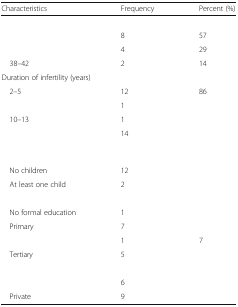
<table><thead><tr><td><b>Characteristics</b></td><td><b>Frequency</b></td><td><b>Percent (%)</b></td></tr></thead><tbody><tr><td colspan="3">[EMPTY_CELL]</td></tr><tr><td>[EMPTY_CELL]</td><td>8</td><td>57</td></tr><tr><td>[EMPTY_CELL]</td><td>4</td><td>29</td></tr><tr><td> 38–42</td><td>2</td><td>14</td></tr><tr><td colspan="3">Duration of infertility (years)</td></tr><tr><td> 2–5</td><td>12</td><td>86</td></tr><tr><td>[EMPTY_CELL]</td><td>1</td><td>[EMPTY_CELL]</td></tr><tr><td> 10–13</td><td>1</td><td>[EMPTY_CELL]</td></tr><tr><td>[EMPTY_CELL]</td><td>14</td><td>[EMPTY_CELL]</td></tr><tr><td colspan="3">[EMPTY_CELL]</td></tr><tr><td> No children</td><td>12</td><td>[EMPTY_CELL]</td></tr><tr><td> At least one child</td><td>2</td><td>[EMPTY_CELL]</td></tr><tr><td colspan="3">[EMPTY_CELL]</td></tr><tr><td> No formal education</td><td>1</td><td>[EMPTY_CELL]</td></tr><tr><td> Primary</td><td>7</td><td>[EMPTY_CELL]</td></tr><tr><td>[EMPTY_CELL]</td><td>1</td><td>7</td></tr><tr><td> Tertiary</td><td>5</td><td>[EMPTY_CELL]</td></tr><tr><td colspan="3">[EMPTY_CELL]</td></tr><tr><td>[EMPTY_CELL]</td><td>6</td><td>[EMPTY_CELL]</td></tr><tr><td> Private</td><td>9</td><td>[EMPTY_CELL]</td></tr></tbody></table>